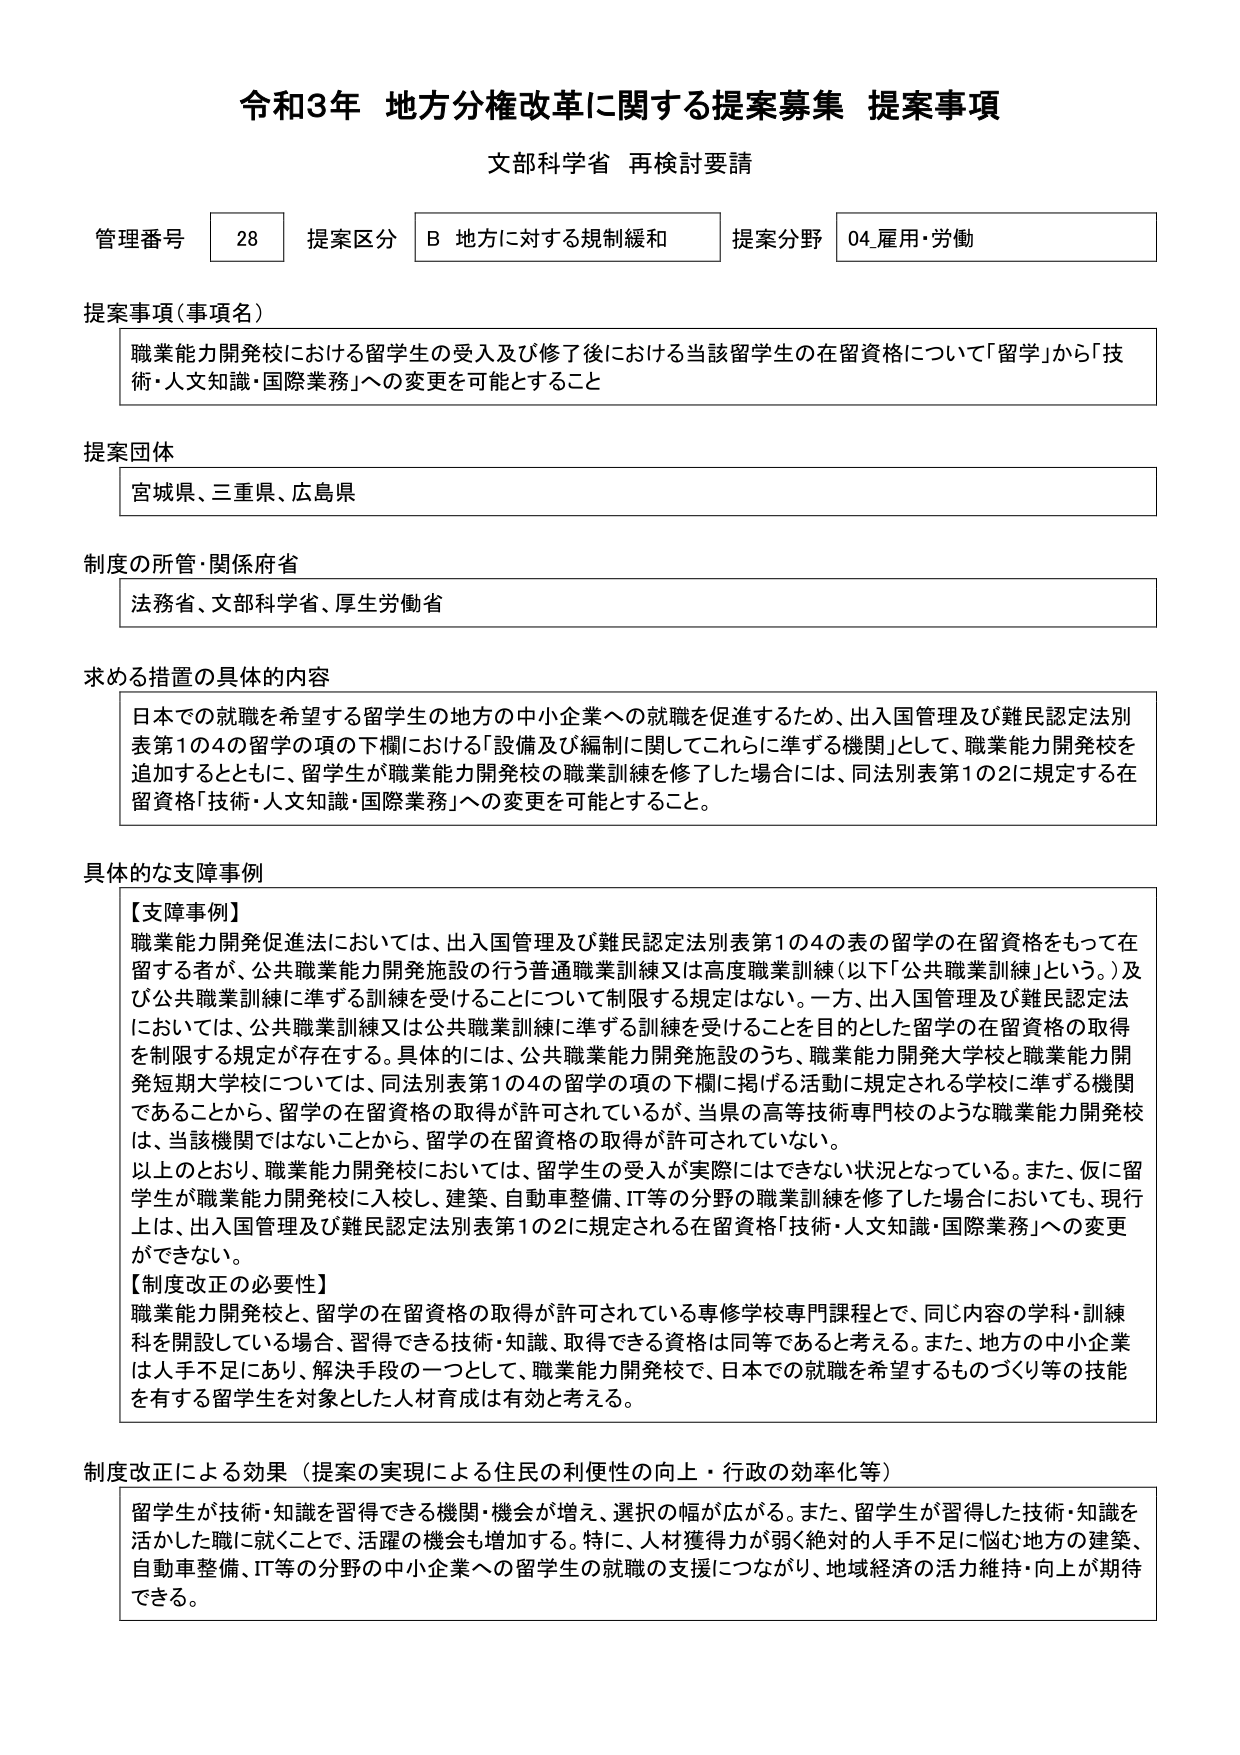
令和3年 地方分権改革に関する提案募集 提案事項
文部科学省 再検討要請

管理番号 28 提案区分 B 地方に対する規制緩和 提案分野 04 雇用・労働

提案事項（事項名）
職業能力開発校における留学生の受入及び修了後における当該留学生の在留資格について「留学」から「技術・人文知識・国際業務」への変更を可能とすること

提案団体
宮城県、三重県、広島県

制度の所管・関係府省
法務省、文部科学省、厚生労働省

求める措置の具体的内容
日本での就職を希望する留学生の地方の中小企業への就職を促進するため、出入国管理及び難民認定法別表第1の4の留学の項の下欄における「設備及び編制に関してこれらに準ずる機関」として、職業能力開発校を追加するとともに、留学生が職業能力開発校の職業訓練を修了した場合には、同法別表第1の2に規定する在留資格「技術・人文知識・国際業務」への変更を可能とすること。

具体的な支障事例
【支障事例】
職業能力開発促進法においては、出入国管理及び難民認定法別表第1の4の表の留学の在留資格をもって在留する者が、公共職業能力開発施設の行う普通職業訓練又は高度職業訓練（以下「公共職業訓練」という。）及び公共職業訓練に準ずる訓練を受けることについて制限する規定はない。一方、出入国管理及び難民認定法においては、公共職業訓練又は公共職業訓練に準ずる訓練を受けることを目的とした留学の在留資格の取得を制限する規定が存在する。具体的には、公共職業能力開発施設のうち、職業能力開発大学校と職業能力開発短期大学校に限り、同法別表第1の4の留学の項の下欄に掲げる活動に規定される学校に準ずる機関であることから、留学の在留資格の取得が許可されているが、当県の高等技術専門校のような職業能力開発校は、当該機関ではないことから、留学の在留資格の取得が許可されていない。
以上のとおり、職業能力開発校においては、留学生の受入が実際にはできない状況となっている。また、仮に留学生が職業能力開発校に入校し、建築、自動車整備、IT等の分野の職業訓練を修了した場合においても、現行上は、出入国管理及び難民認定法別表第1の2に規定される在留資格「技術・人文知識・国際業務」への変更ができない。
【制度改正の必要性】
職業能力開発校と、留学の在留資格の取得が許可されている専修学校専門課程とで、同じ内容の学科・訓練科を開設している場合、習得できる技術・知識、取得できる資格は同等であると考える。また、地方の中小企業は人手不足にあり、解決手段の一つとして、職業能力開発校で、日本での就職を希望するものづくり等の技能を有する留学生を対象とした人材育成は有効と考える。

制度改正による効果（提案の実現による住民の利便性の向上・行政の効率化等）
留学生が技術・知識を習得できる機関・機会が増え、選択の幅が広がる。また、留学生が習得した技術・知識を活かした職に就くことで、活躍の機会も増加する。特に、人材獲得力が弱く絶対的人手不足に悩む地方の建築、自動車整備、IT等の分野の中小企業への留学生の就職の支援につながり、地域経済の活力維持・向上が期待できる。